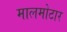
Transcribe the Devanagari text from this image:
मालमोटार